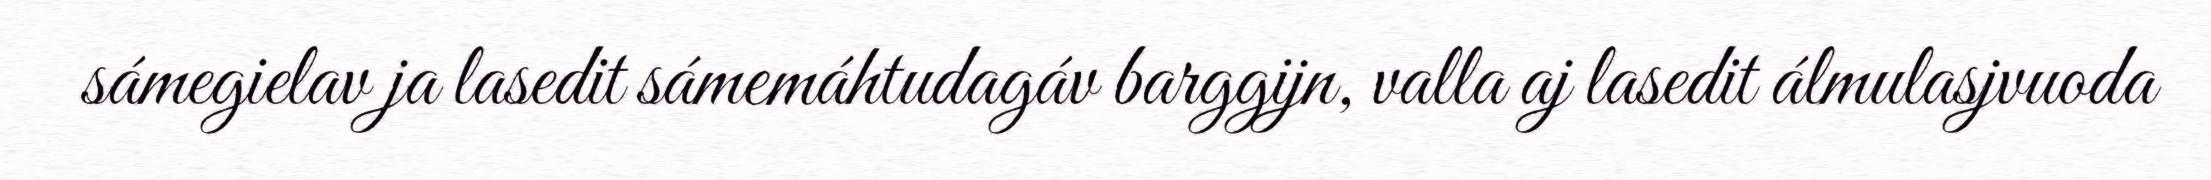
sámegielav ja lasedit sámemáhtudagáv barggijn, valla aj lasedit álmulasjvuoda